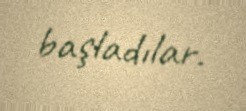
başladılar.